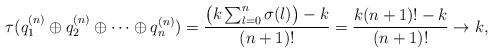
LaTeX: \begin{align*}\tau(q_1^{(n)}\oplus q_2^{(n)}\oplus\dots\oplus q^{(n)}_n)=\frac{\big(k\sum_{l=0}^n\sigma(l)\big)-k}{(n+1)!}=\frac{k(n+1)!-k}{(n+1)!}\to k,\end{align*}